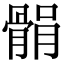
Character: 𩩐